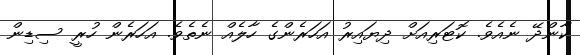
ކާންދޭ ނެއެވެ. ކޮޓަރިއަށް ދިޔައިރު އަހަރެންގެ ހާލެއް ނެތެވެ. އަހަރެން ހުރީ ސިޑިން